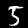
Digit: 5